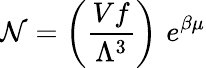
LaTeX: \mathcal{N}=\left({\frac{{Vf}}{{\Lambda^{3}}}}\right)\, \, e^{\beta\mu}